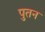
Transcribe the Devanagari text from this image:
पुतन